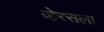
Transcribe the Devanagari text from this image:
व्हेरसला